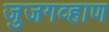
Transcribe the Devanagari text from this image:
जुजगव्हाण